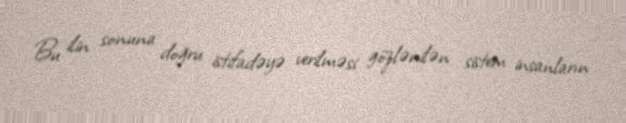
Bu ilin sonuna doğru istifadəyə verilməsi gözlənilən sistem insanların